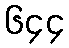
၆၄၄